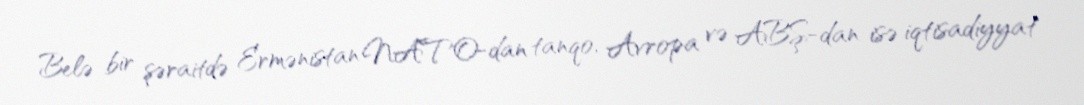
Belə bir şəraitdə Ermənistan NATO-dan tanqo, Avropa və ABŞ-dan isə iqtisadiyyat